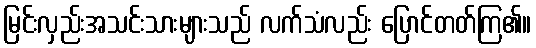
မြင်းလှည်းအသင်းသားများသည် လက်သံလည်း ပြောင်တတ်ကြ၏။